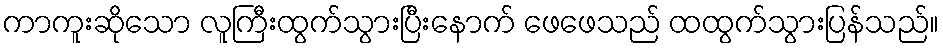
ကာကူးဆိုသော လူကြီးထွက်သွားပြီးနောက် ဖေဖေသည် ထထွက်သွားပြန်သည်။